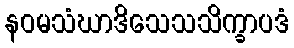
နဝမသံဃာဒိသေသသိက္ခာပဒံ